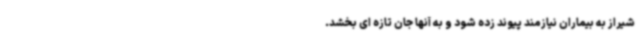
شیراز به بیماران نیازمند پیوند زده شود و به آنها جان تازه ای بخشد.